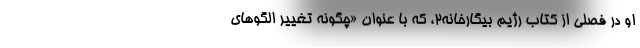
او در فصلی از کتاب رژیم بیگارخانه۲، که با عنوان «چگونه تغییر الگوهای